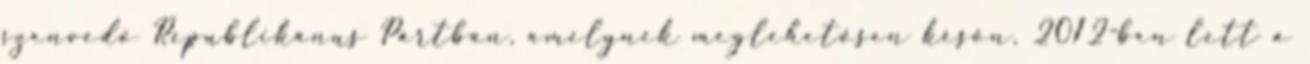
szenvedő Republikánus Pártban, amelynek meglehetősen későn, 2012-ben lett a